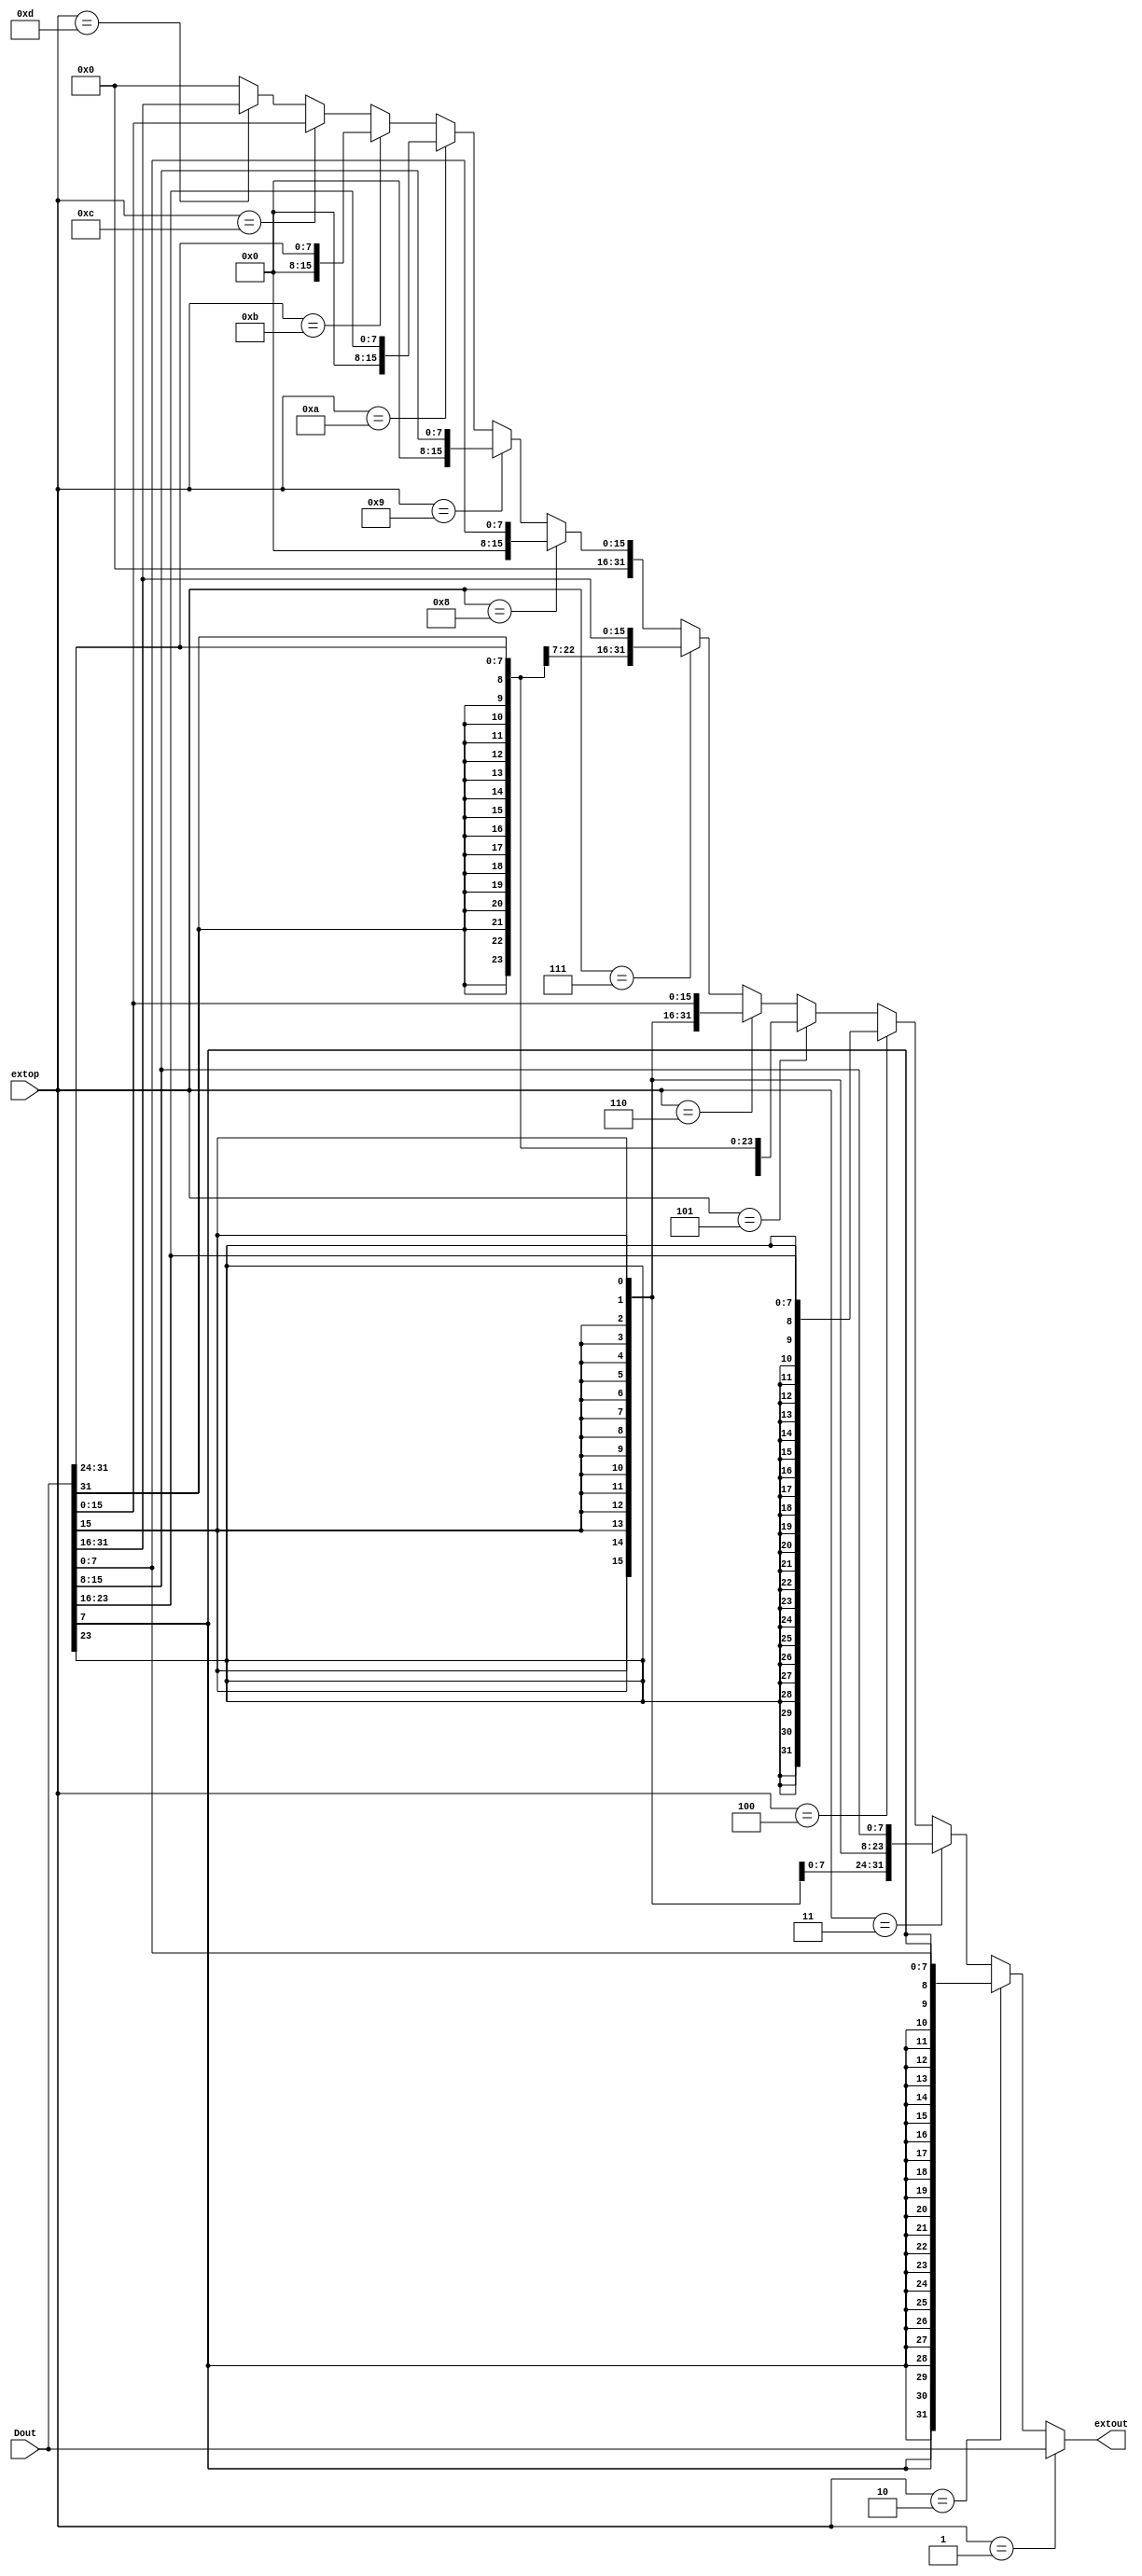
module Dout_extender (Dout,extop,extout);
    input [31:0]   Dout;
    input [3:0]    extop;
    output [31:0]  extout;
    
    assign extout = (extop==4'b0001)?Dout:                        //lw
                    (extop==4'b0010)?{{24{Dout[7]}},Dout[7:0]}:     //lb 0
                    (extop==4'b0011)?{{24{Dout[15]}},Dout[15:8]}:    //lb 1
                    (extop==4'b0100)?{{24{Dout[23]}},Dout[23:16]}:  //lb 2
                    (extop==4'b0101)?{{24{Dout[31]}},Dout[31:24]}:  //lb 3
                    (extop==4'b0110)?{{16{Dout[15]}},Dout[15:0]}:   //lh 1,0
                    (extop==4'b0111)?{{16{Dout[31]}},Dout[31:16]}:  //lh 3,2
                    (extop==4'b1000)?{24'b0,Dout[7:0]}:           //lbu 0
                    (extop==4'b1001)?{24'b0,Dout[15:8]}:          //lbu 1
                    (extop==4'b1010)?{24'b0,Dout[23:16]}:         //lbu 2
                    (extop==4'b1011)?{24'b0,Dout[31:24]}:         //lbu 3
                    (extop==4'b1100)?{16'b0,Dout[15:0]}:          //lhu 1,0
                    (extop==4'b1101)?{16'b0,Dout[31:16]}:         //lhu 3,2
                    32'b0;
endmodule